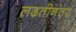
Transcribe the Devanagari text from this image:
लढतीनंतर